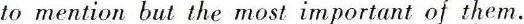
to mention but the most important of them.